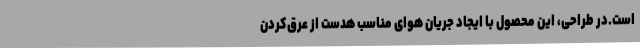
است.در طراحی، این محصول با ایجاد جریان هوای مناسب هدست از عرق‌کردن